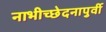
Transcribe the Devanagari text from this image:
नाभीच्छेदनापुर्वी